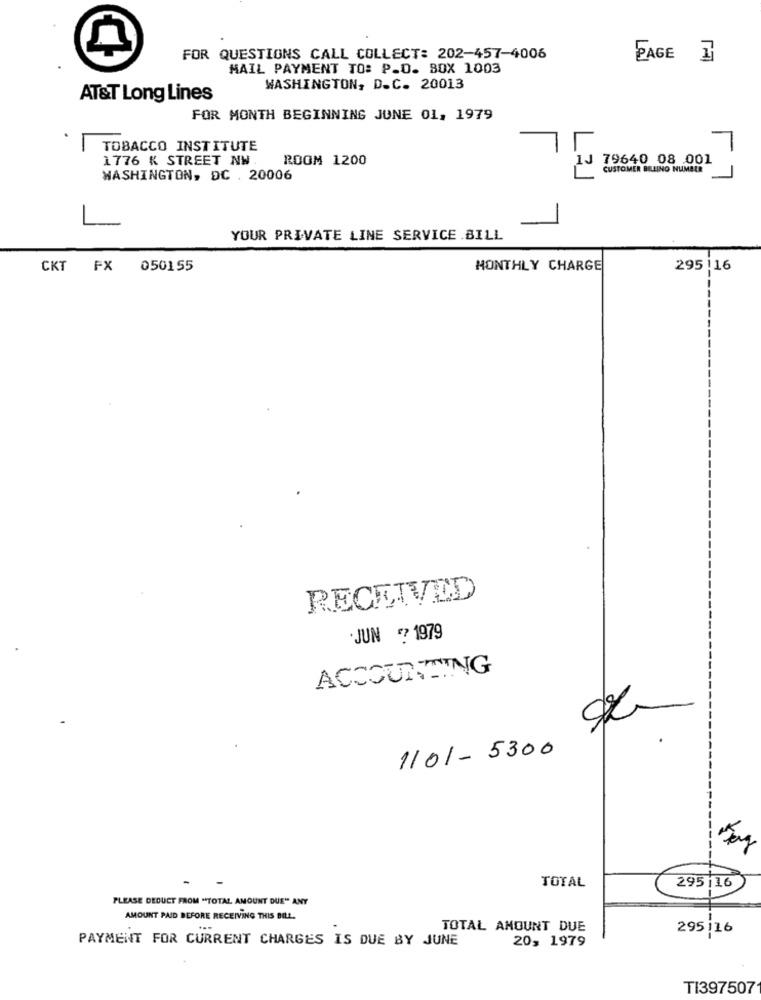
FOR QUESTIONS CALL COLLECT: 202-457-4006
PAGE 1
MAIL PAYMENT TO: P.O. BOX 1003
WASHINGTON, D.C. 20013
AT&T Long Lines
FOR MONTH BEGINNING JUNE 01, 1979
L _
TOBACCO INSTITUTE
1776 K STREET NW.
ROOM 1200
79640 08 .001
CUSTOMER BILLING NUMELE
WASHINGTON, DC . 20006
YOUR PRIVATE LINE SERVICE .BILL
CKT PX 050155
MONTHLY CHARGE
295|16
RECEIVED
--
JUN ? 1979
ACCOUNTING
1101-5300
TOTAL
295 |16
PLEASE DEDUCT FROM "TOTAL AMOUNT DUE" ANY
AMOUNT PAID BEFORE RECEIVING THIS BILL.
TOTAL AMOUNT DUE
295 116
PAYMENT FOR CURRENT CHARGES IS DUE BY JUNE
20, 1979
TI397507